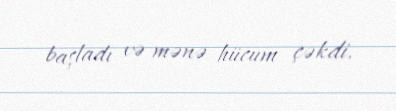
başladı və mənə hücum çəkdi.